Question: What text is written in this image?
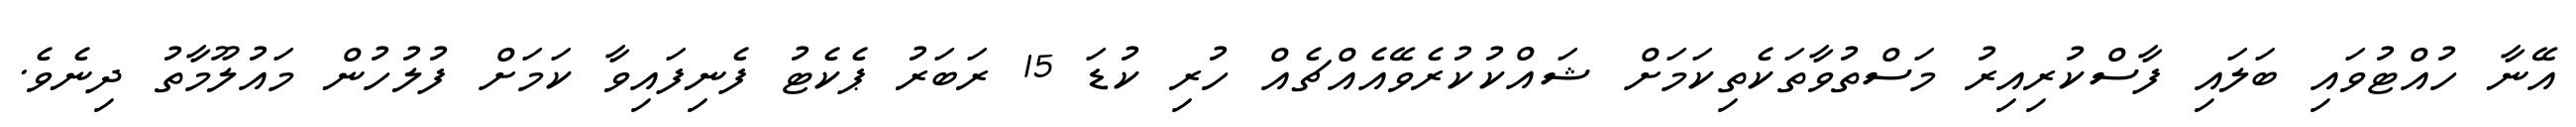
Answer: އޭނާ ހުއްޓުވައި ބަލައި ފާސްކުރިއިރު މަސްތުވާތަކެތިކަމަށް ޝައްކުކުރެވޭއެއްޗެއް ހުރި ކުޑަ 15 ރަބަރު ޕެކެޓު ފެނިފައިވާ ކަމަށް ފުލުހުން މައުލޫމާތު ދިނެވެ.